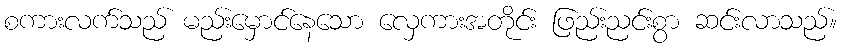
စကားလက်သည် မည်းမှောင်နေသော လှေကားအတိုင်း ဖြည်းညင်းစွာ ဆင်းလာသည်။